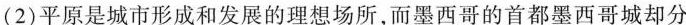
(2)平原是城市形成和发展的理想场所，而墨西哥的首都墨西哥城却分